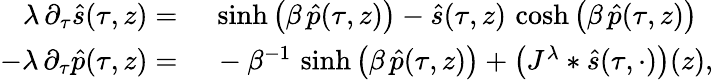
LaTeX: \begin{array}{rl}{\lambda\, \partial_{\tau}\hat{s}(\tau,z)=}&{\ \sinh\big(\beta\, \hat{p}(\tau,z)\big)-\hat{s}(\tau,z)\, \cosh\big(\beta\, \hat{p}(\tau,z)\big)}\\ {-\lambda\, \partial_{\tau}\hat{p}(\tau,z)=}&{\ -\beta^{-1}\, \sinh\big(\beta\, \hat{p}(\tau,z)\big)+\big(J^{\lambda}*\hat{s}(\tau,\cdot)\big)(z),}\end{array}